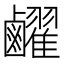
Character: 䴞